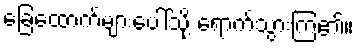
ခြေထောက်များပေါ်သို့ ရောက်သွားကြ၏။